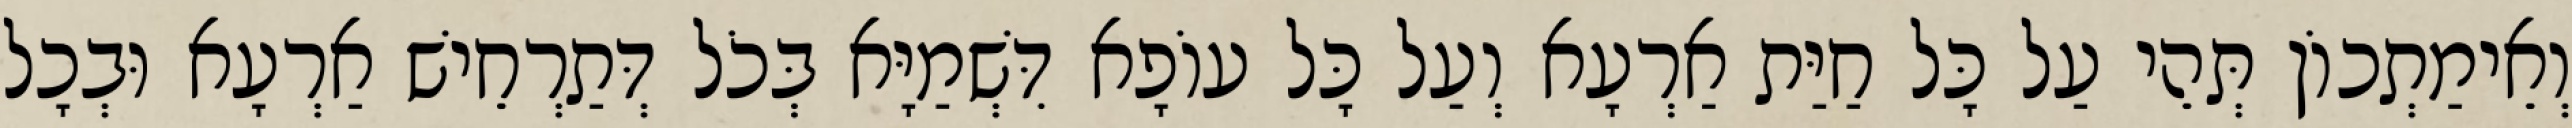
וְאֵימַתְכוֹן תְּהֵי עַל כָּל חַיַּת אַרְעָא וְעַל כָּל עוֹפָא דִּשְׁמַיָּא בְּכֹל דְּתַרְחֵישׁ אַרְעָא וּבְכָל